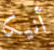
أنيكا